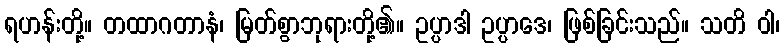
ရဟန်းတို့။ တထာဂတာနံ၊ မြတ်စွာဘုရားတို့၏။ ဥပ္ပာဒါ ဥပ္ပာဒေ၊ ဖြစ်ခြင်းသည်။ သတိ ဝါ၊